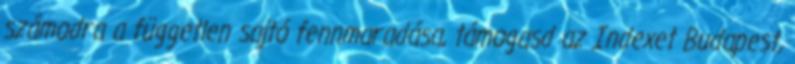
számodra a független sajtó fennmaradása, támogasd az Indexet Budapest,